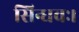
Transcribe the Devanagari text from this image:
सिन्धवः।